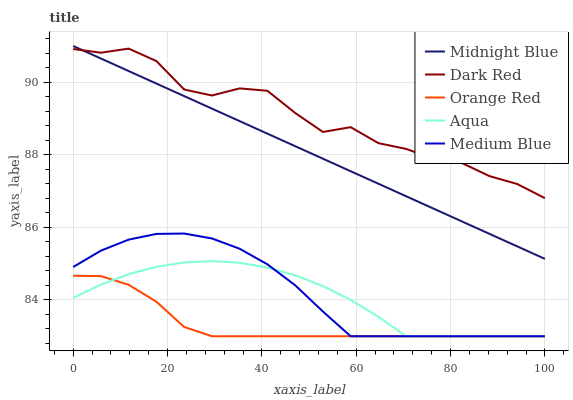
| xaxis_label | Midnight Blue | Dark Red | Orange Red | Aqua | Medium Blue |
 | --- | --- | --- | --- | --- | --- |
 | 0 | 91 | 90.9 | 84.7 | 84.1 | 84.9 |
 | 5.88 | 90.7 | 90.8 | 84.7 | 84.4 | 85.4 |
 | 11.8 | 90.3 | 90.9 | 84.4 | 84.7 | 85.7 |
 | 17.6 | 90 | 90.6 | 84 | 84.9 | 85.8 |
 | 23.5 | 89.6 | 89.8 | 83.3 | 85 | 85.8 |
 | 29.4 | 89.3 | 89.6 | 83 | 85.1 | 85.7 |
 | 35.3 | 88.9 | 89.8 | 83 | 85 | 85.4 |
 | 41.2 | 88.6 | 89.8 | 83 | 84.9 | 85 |
 | 47.1 | 88.2 | 89.2 | 83 | 84.7 | 84.4 |
 | 52.9 | 87.9 | 88.6 | 83 | 84.4 | 83.7 |
 | 58.8 | 87.5 | 88.8 | 83 | 84 | 83 |
 | 64.7 | 87.2 | 88.3 | 83 | 83.5 | 83 |
 | 70.6 | 86.9 | 88.2 | 83 | 83 | 83 |
 | 76.5 | 86.5 | 87.9 | 83 | 83 | 83 |
 | 82.4 | 86.2 | 87.8 | 83 | 83 | 83 |
 | 88.2 | 85.8 | 87.4 | 83 | 83 | 83 |
 | 94.1 | 85.5 | 87.2 | 83 | 83 | 83 |
 | 100 | 85.1 | 86.8 | 83 | 83 | 83 |